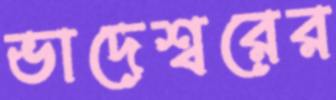
ভাদেশ্বরের